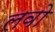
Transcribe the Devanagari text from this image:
लवो